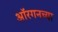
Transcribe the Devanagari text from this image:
ऑरगनच्या